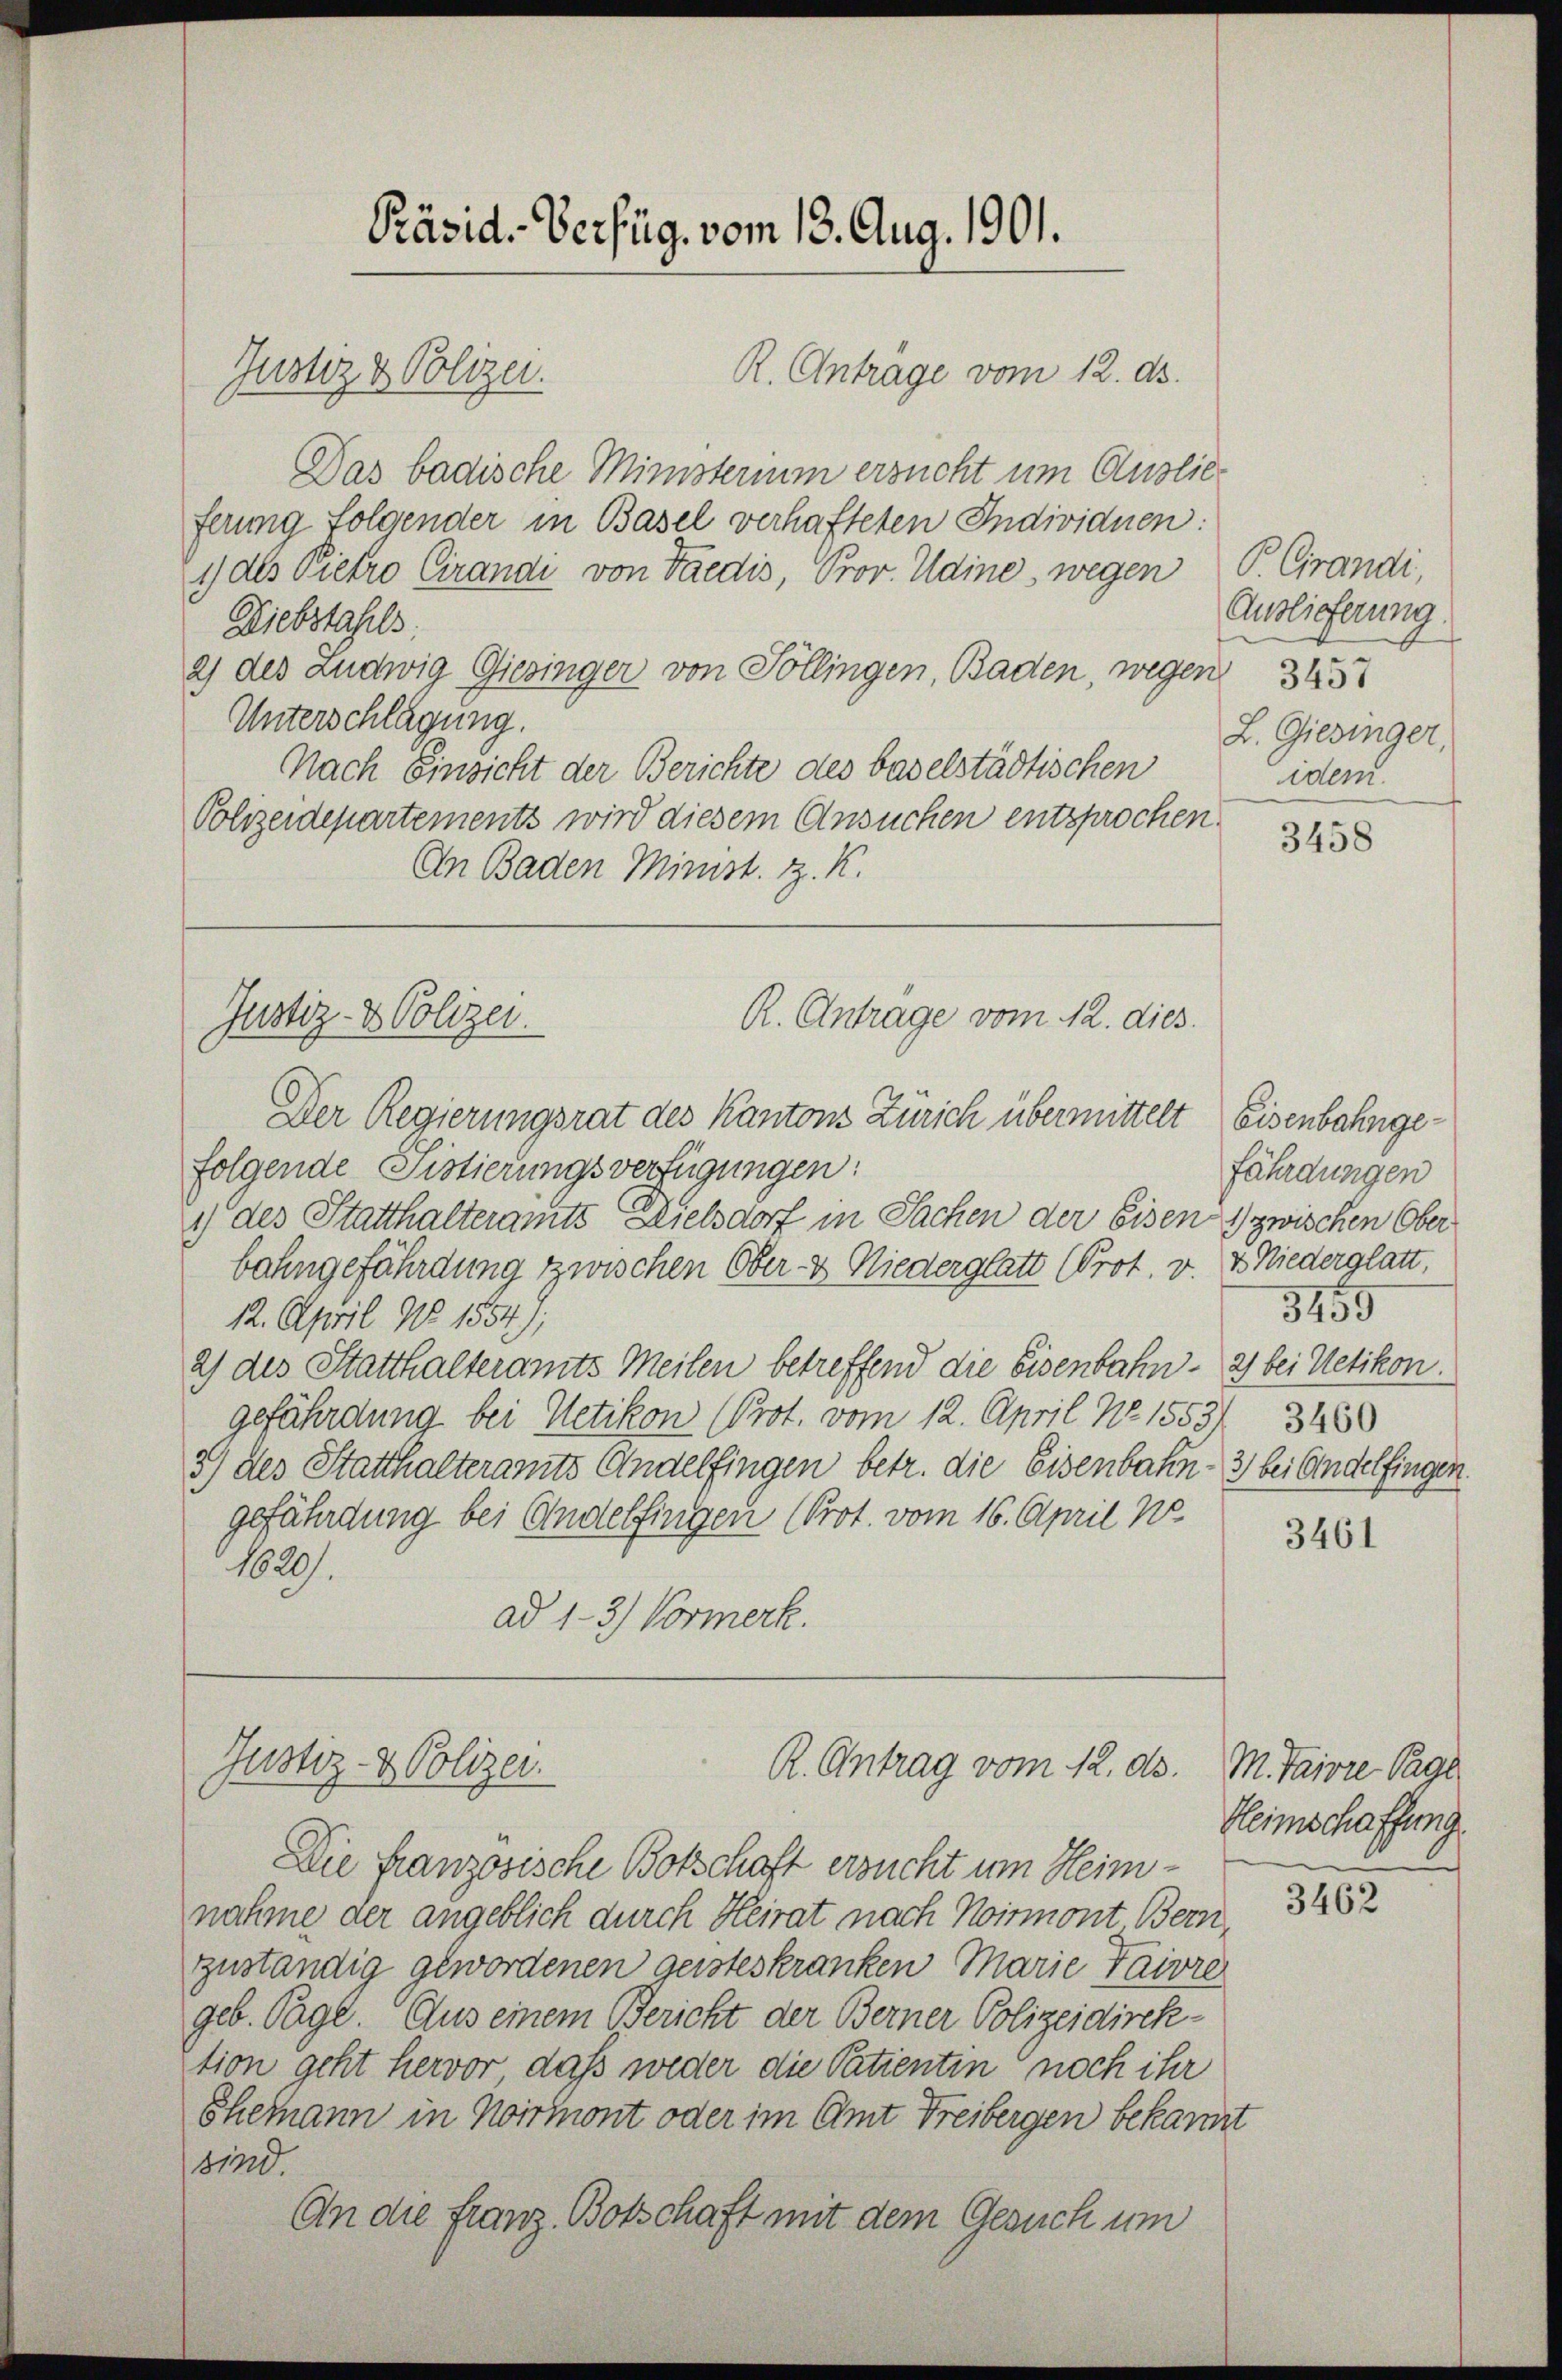
Präsid. Verfüg. vom 13. Aug. 1901.
R. Antrage vom 12. ds.
Justiz & Polizei.

Justiz- & Polizei.

Justiz- & Polizei.

Das badische Ministerium ersucht um Auslieferung folgender in Basel verhafteten Individuen:
1) des Pietro Crandi von Facdis, Prov. Udine, wegen P. Cirandi,
Diebstahls
2) des Ludwig Giesinger von Sollingen, Baden, wegen 345
Unterschlägung.
Nach Einsicht der Berichte des baselstädtischen
Polizeidepartements wird diesem Ansuchen entsprochen.
An Baden Minist. z. K.

R. Antrage vom 12. dies

R. Antrag vom 12. ds.

Der Regierungsrat des Kantons Zürich übermittelt Eisenbahngefolgende Sistierungsverfügungen:
) des Statthalteramts Dielsdorf in Sachen der Eisen zwischen Oberbahngefährdung zwischen Ober- & Niederglatt (Prot. v. 4. Niederglatt,
12. April No 1554);
2) des Statthalteramts Meilen betreffend die Eisenbahn- 2) bei Uetikon.
gefährdung bei Uetikon (Prot. vom 12. April No 1553/ 3450
3.) des Statthalteramts Andelfingen betr. die Eisenbahn- 3) bei Andelfingen.
gefährdung bei Andelfingen (Prot. vom 16. April ne
1820.
ad 1-3) Vormerk.

Die französische Botschaft ersucht um Heimnahme der angeblich durch Heirat nach Noirmont Bern,
zuständig gewordenen geisteskranken Marie Taivre
geb. Tage. Aus einem Bericht der Berner Polizeidirektion geht hervor, daß weder die Patientin noch ihr
Ehemann in Noirmont oder im Amt Freibergen bekannt
sind.
An die Franz Botschaft mit dem Gesuch um

Auslieferung.
L. Giesinger,
idem.

3458

fährdungen
3455

3461

M. Taivre Pagl
Heimschaffung.

3462